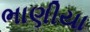
ભાણીયા